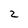
Character: 2